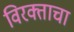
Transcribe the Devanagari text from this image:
विरक्ताचा